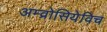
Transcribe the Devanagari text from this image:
अम्व्रोसियेविच